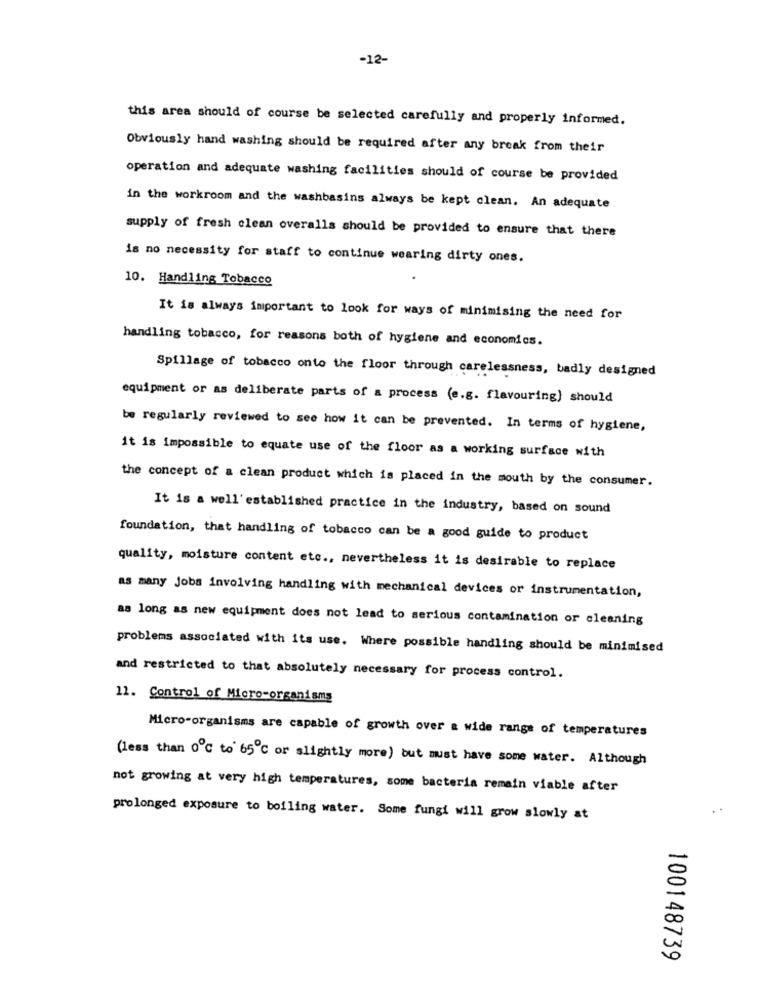
-12-
this area should of course be selected carefully and properly informed.
Obviously hand washing should be required after any break from their
operation and adequate washing facilities should of course be provided
in the workroom and the washbasins always be kept clean. An adequate
supply of fresh clean overalls should be provided to ensure that there
is no necessity for staff to continue wearing dirty ones.
10. Handling Tobacco
It is always important to look for ways of minimising the need for
handling tobacco, for reasons both of hygiene and economics.
Spillage of tobacco onto the floor through carelessness, badly designed
equipment or as deliberate parts of a process (e.g. flavouring) should
be regularly reviewed to see how it can be prevented. In terms of hygiene,
it is impossible to equate use of the floor as a working surface with
the concept of a clean product which is placed in the mouth by the consumer.
It is a well'established practice in the industry, based on sound
foundation, that handling of tobacco can be a good guide to product
quality, moisture content etc ., nevertheless it is desirable to replace
as many Jobs involving handling with mechanical devices or instrumentation,
as long as new equipment does not lead to serious contamination or cleaning
problems associated with its use. Where possible handling should be minimised
and restricted to that absolutely necessary for process control.
11. Control of Micro-organisms
Micro-organisms are capable of growth over a wide range of temperatures
(less than 0℃ to 65℃ or slightly more) but must have some water. Although
not growing at very high temperatures, some bacteria remain viable after
prolonged exposure to boiling water. Some fungi will grow slowly at
100148739